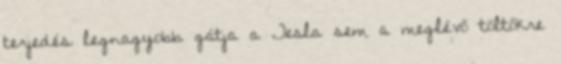
terjedés legnagyobb gátja a Tesla sem a meglévő töltőkre